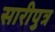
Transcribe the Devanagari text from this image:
सारीपुत्र